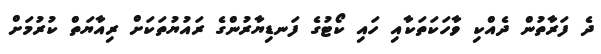
ދެ ފަރާތުން ދެއްކި ވާހަކަތަކާއި ހައި ކޯޓުގެ ފަނޑިޔާރުންގެ ރައުޔުތަކަށް ރިއާޔަތް ކުރުމަށް